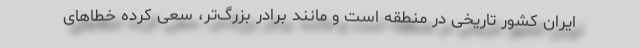
ایران کشور تاریخی در منطقه است و مانند برادر بزرگ‌تر، سعی کرده خطاهای